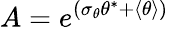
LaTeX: A=e^{(\sigma_{\theta}\theta^{*}+\langle\theta\rangle)}